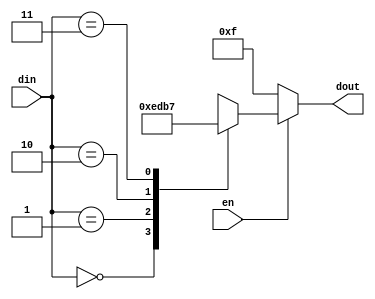
`timescale 1ns / 1ps
//////////////////////////////////////////////////////////////////////////////////
// Company: 
// Engineer: 
// 
// Design Name: 
// Module Name:    one_cold_2b 
// Project Name: 
// Target Devices: 
// Tool versions: 
// Description: 
//
// Dependencies: 
//
// Revision: 
// Revision 0.01 - File Created
// Additional Comments: 
//
//////////////////////////////////////////////////////////////////////////////////
module one_cold_2b (
  input      [1:0] din,
  input            en,
  output reg [3:0] dout
);
  
  always @ * begin
    // default value
    dout = 4'b1111;
    if (en)
      case (din)
        2'd0 : dout = 4'b1110; 
        2'd1 : dout = 4'b1101;
        2'd2 : dout = 4'b1011;
        2'd3 : dout = 4'b0111;
      endcase
  end
  
endmodule